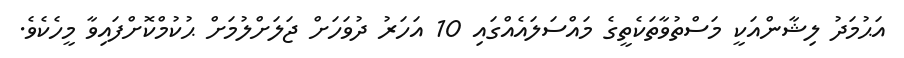
އަޙުމަދު ލިޝާންއަކީ މަސްތުވާތަކެތީގެ މައްސަލައެއްގައި 10 އަހަރު ދުވަހަށް ޖަލަށްލުމަށް ޙުކުމްކޮށްފައިވާ މީހެކެވެ.